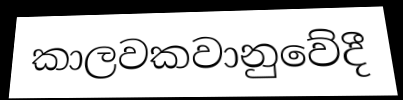
කාලවකවානුවේදී